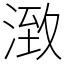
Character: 㴛